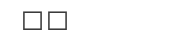
٣٨